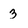
Character: 3